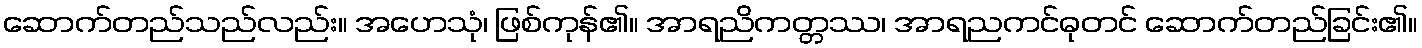
ဆောက်တည်သည်လည်း။ အဟေသုံ၊ ဖြစ်ကုန်၏။ အာရညိကတ္တဿ၊ အာရညကင်ဓုတင် ဆောက်တည်ခြင်း၏။